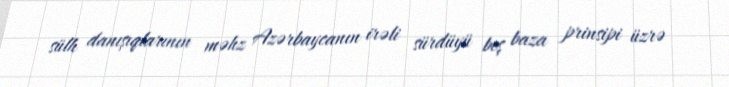
sülh danışıqlarının məhz Azərbaycanın irəli sürdüyü beş baza prinsipi üzrə